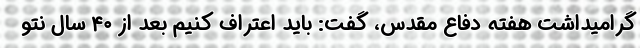
گرامیداشت هفته دفاع مقدس، گفت: باید اعتراف کنیم بعد از ۴۰ سال نتو